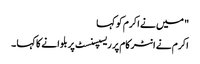
" میں نے اکرم کو کہا
اکرم نے انٹر کام پر ریسپسنسٹ پر بلوانے کا کہا ۔